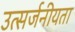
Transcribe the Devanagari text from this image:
उत्सर्जनीयता